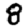
Digit: 8